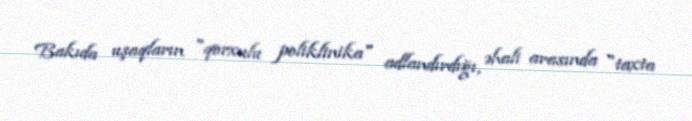
Bakıda uşaqların "qorxulu poliklinika" adlandırdığı, əhali arasında "taxta